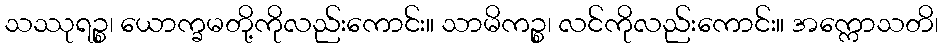
သဿုရဉ္စ၊ ယောက္ခမတို့ကိုလည်းကောင်း။ သာမိကဉ္စ၊ လင်ကိုလည်းကောင်း။ အက္ကောသတိ၊